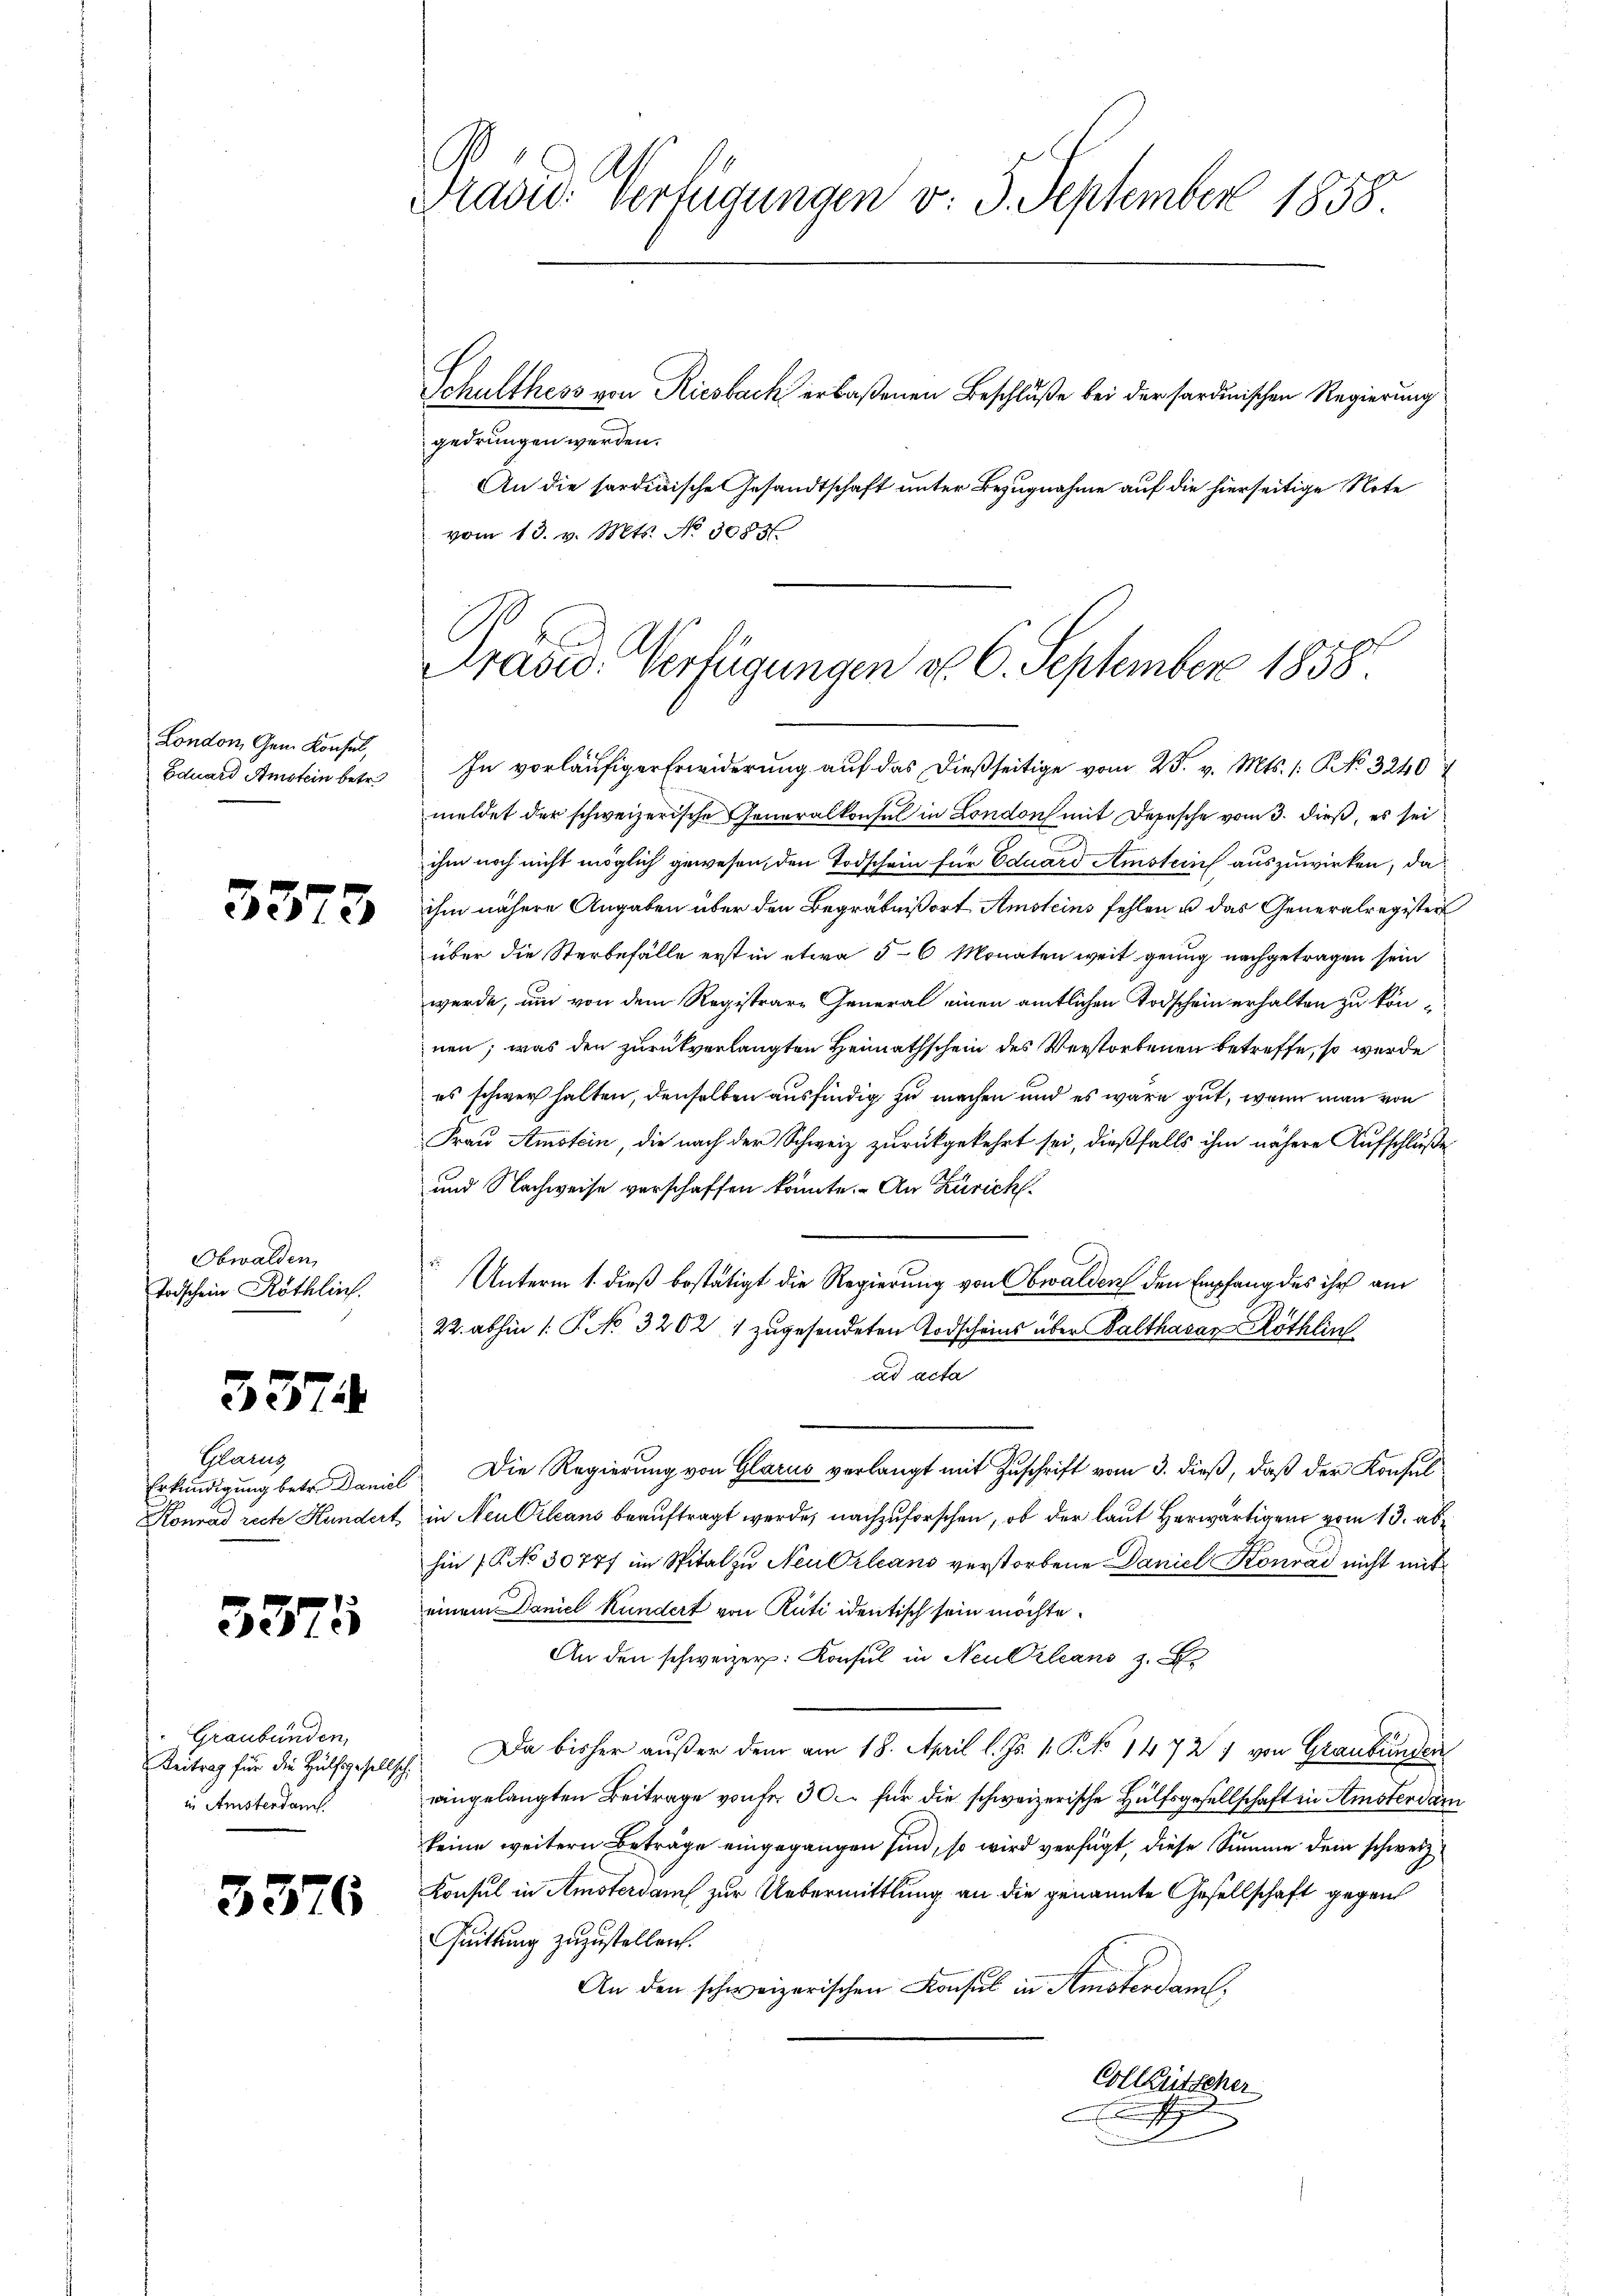
London, Gem. Konsul,
Eduard Amstein betr.

5373

Obwalden,
Todschein Röthlich.

337.

Glarus,
Erkundigung betr. Daniel
Konrad recte Hundert

3375

Graubünden,
Beitrag für die Hülfsgesellsch,
in Amstendant

3376

Präser Verfügungen v. 5. September 1858.

Schulthess von Riesbach erlaßenen Beschluße bei der Sardinischen Regierung
gedrungen werden.
An die sardinische Gesandtschaft unter Bezugnahme auf die hierseitige Note
vom 13. v. Mts. No 3085.

Prasc. Verfügungen d. 6. September 1858.

In vorläufiger Erwiderung auf das dießseitige vom 25. v. Mts. 1. P. No 32407
meldet der schweizerische Generalkonsul in London mit Depesche vom 3. dieß, es sei
ihm noch nicht möglich gewesen, den Todschein für Eduard Amstein auszuwirken, da
ihm nähere Angaben über den Begräbnißort Amsteins fehlen u das Generalregister
über die Sterbefälle erst in etwa 5-6 Monaten weit genug nachgetragen sein
werde, um von dem Registrare General einen amtlichen Todschein erhalten zu können; was den zurückverlangten Heimathschein des Verstorbenen betreffe, so wurde
es schwer halten, denselben ausfindig zu machen und es wäre gut, wenn man von
Frau Amstein, die nach der Schweiz zurückgekehrt sei, dießfalls ihm nähere Aufschluße
und Nachweise verschaffen könnte. An Zürich.
Unterm 1. dieß bestätigt die Regierung von Obwalden den Empfang des ihr am
22. abhin /: P. No. 3202. 1 zugesendeten Todscheins über Balthasar Röthlin
ad acta
. Die Regierung von Glarus verlangt mit Zuschrift vom 3. dieß, daß der Konsul
in Neu Orleans beauftragt werde, nachzuforschen, ob der laut Herwärtigen vom 13. ab
hin (P No 30777 im Spital zu Neu Orleans verstorbene Daniel Konrad nicht mit
einem Daniel Kundert von Rüti identisch sein möchte.
An den schweizer. Konsul in Neubilans z.
Da bisher außer dem am 18. April l. Js. 1. P. No 14727 von Graubünden
eingelangten Beitrage von fr. 30. für die schweizerische Hülfsgesellschaft in Amsterdam
keine weitern Beträge eingegangen sind, so wird verfügt, diese Summe dem schweiz
Konsul in Amsterdam zur Uebermittlung an die genannte Gesellschaft gegen
Quittung zuzustellen.
An den schweizerischen Konsul in Amsterdam,
Colleutscher